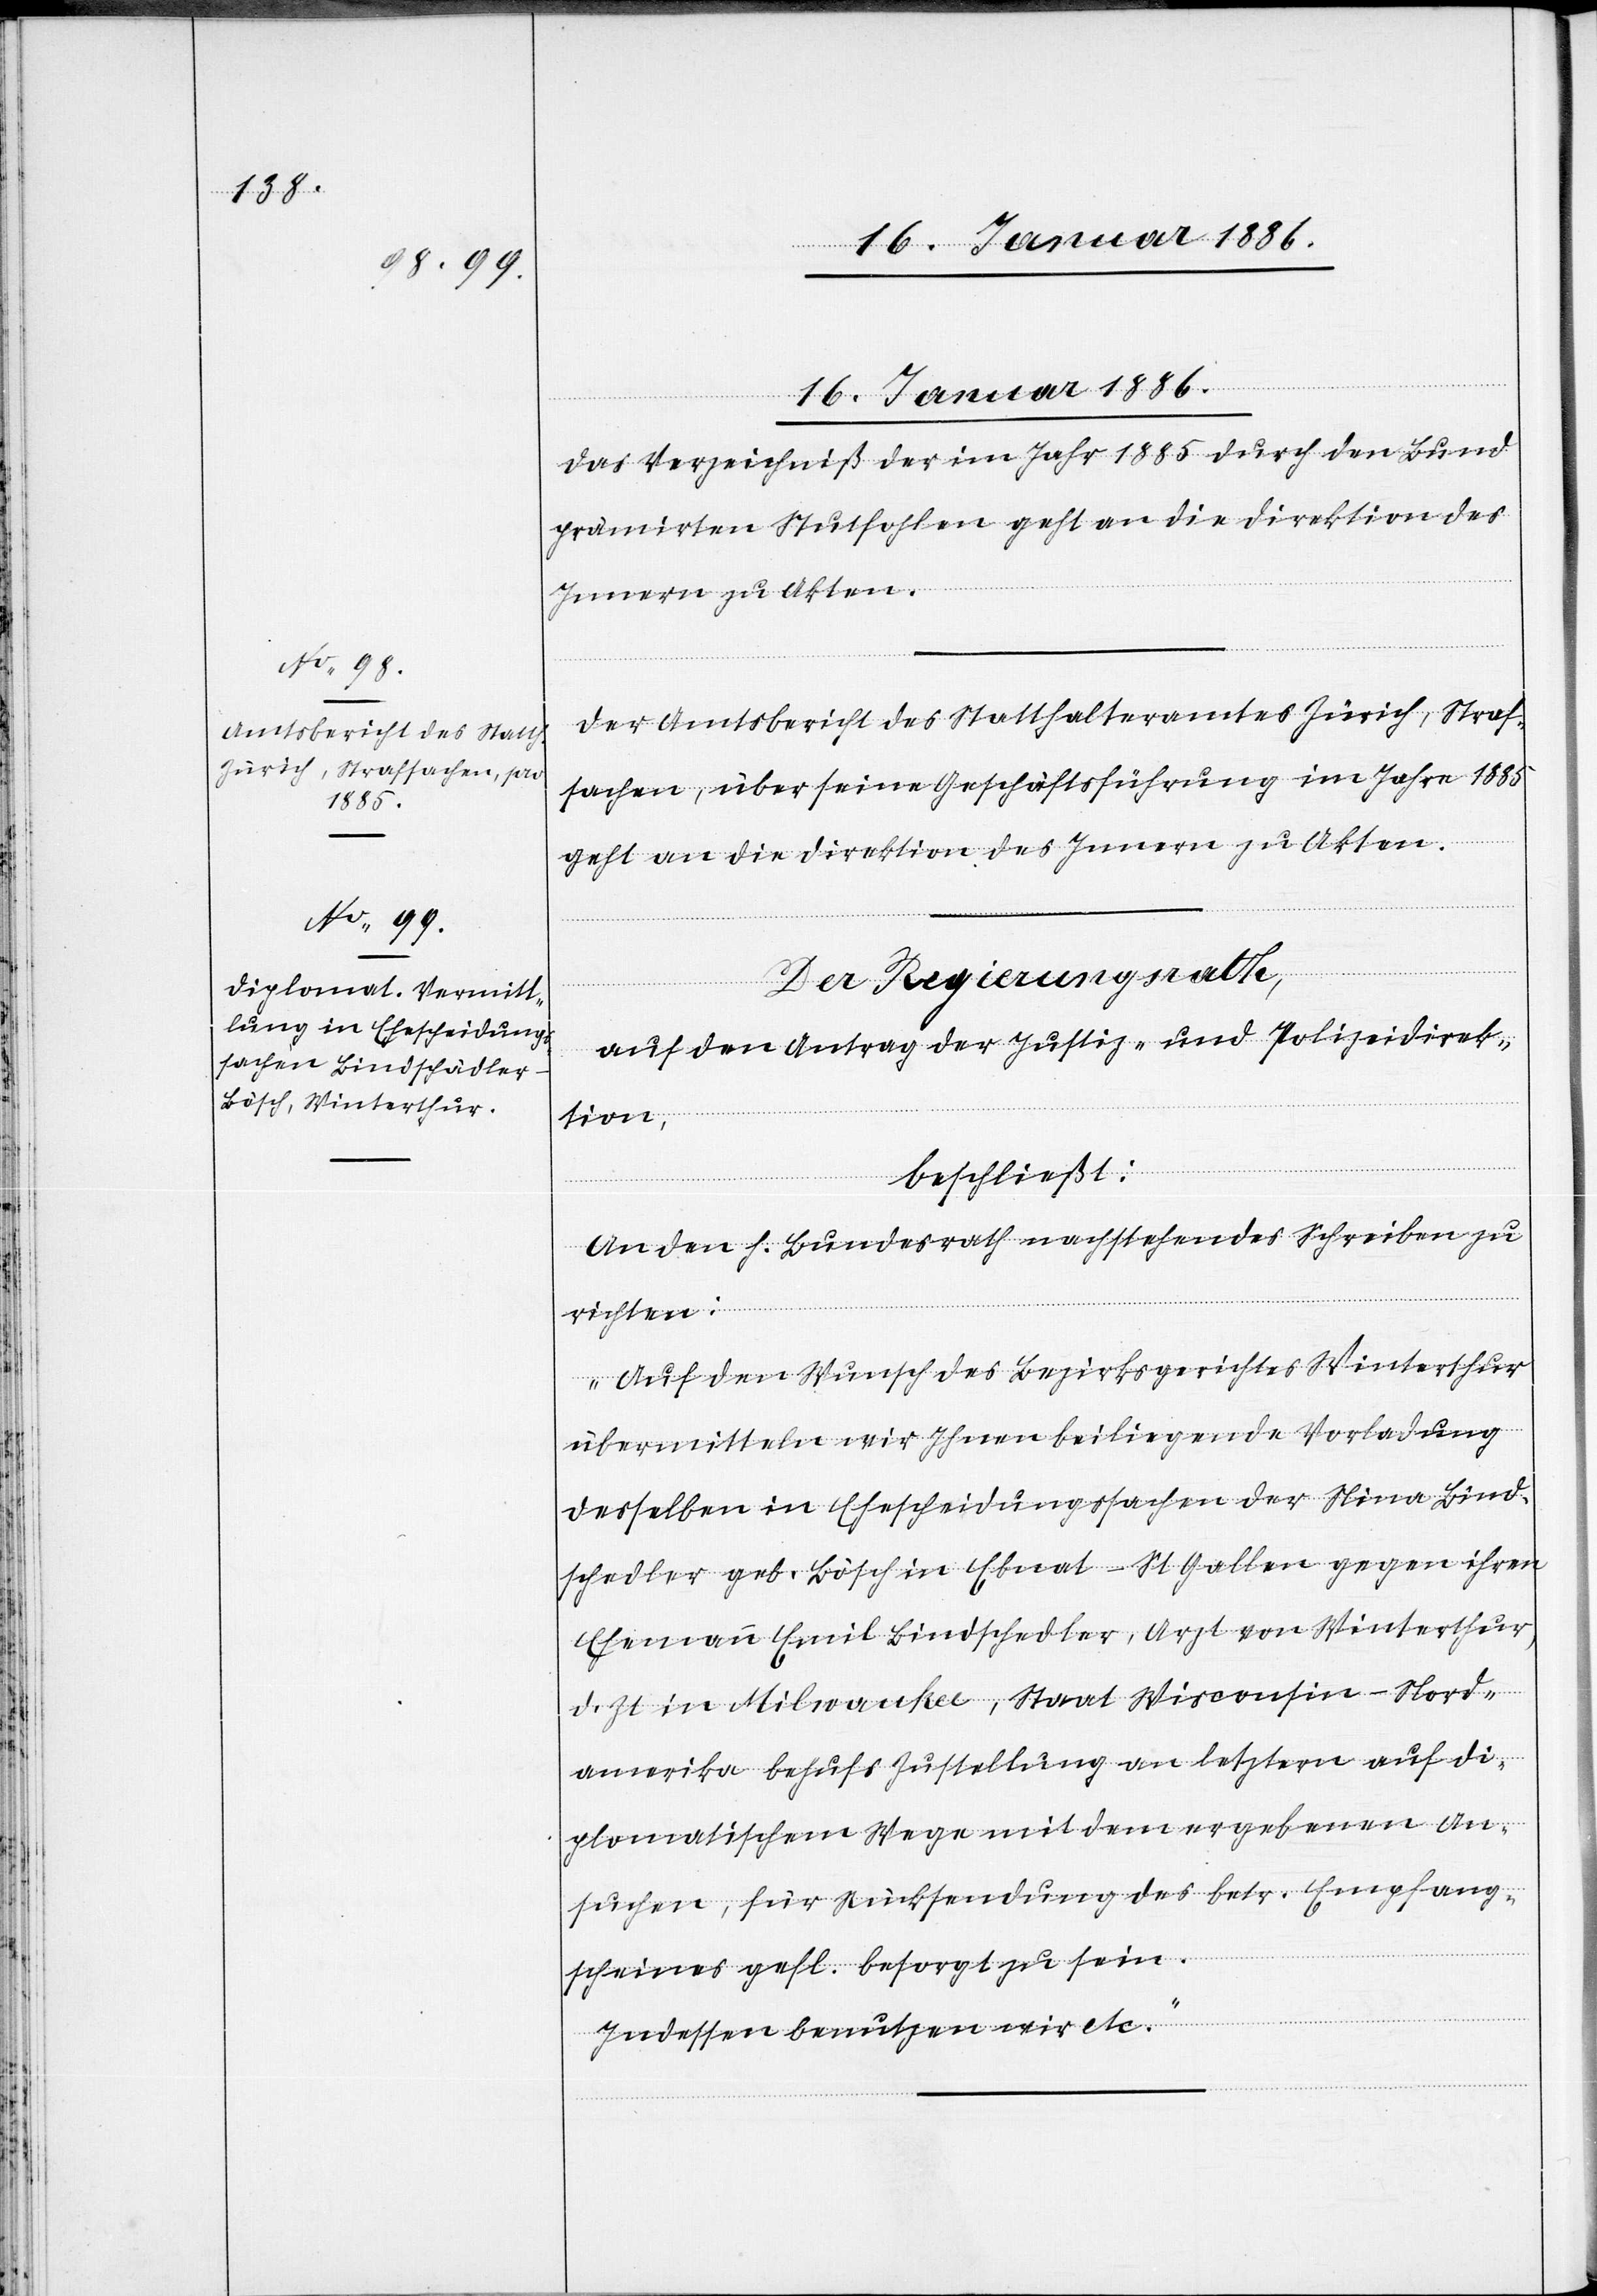
16. Januar 1886.]
Das Verzeichniß der im Jahr 1885 durch den Bund
prämirten Stutfohlen geht an die Direktion des
Innern zu Akten.
Der Amtsbericht des Statthalteramtes Zürich, Straf¬
sachen, über seine Geschäftsführung im Jahre 1885
geht an die Direktion des Innern zu Akten.
Der Regierungsrath,
auf den Antrag der Justiz- und Polizeidirek¬
tion,
beschließt:
An den h. Bundesrath nachstehendes Schreiben zu
richten:
„Auf den Wunsch des Bezirksgerichtes Winterthur
übermitteln wir Ihnen beiliegende Vorladung
desselben in Ehescheidungssachen der Nina Lind¬
schedler [sic!] geb. Lösch in Ebnat - St. Gallen gegen ihren
Ehemann Emil Lindschedler, Arzt von Winterthur,
d. Zt. in Milwankee, Staats Wisconsin - Nord¬
amerika behufs Zustellung an letztern auf di¬
plomatischem Wege mit dem ergebenen An¬
suchen, für Rücksendung des betr. Empfang¬
scheines gefl. besorgt zu sein.
Indessen benutzen wir etc.“